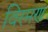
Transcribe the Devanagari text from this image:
विरमण